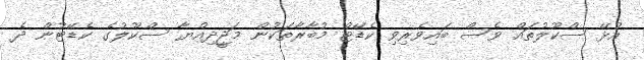
އުޅޭ ސްކޫލުތައް ވެސް ބައިވެރިވި ކެޑޭޓް މުބާރާތަކުން މަޖީދިއްޔާ ސްކޫލުގެ ކެޑޭޓުން ދެ